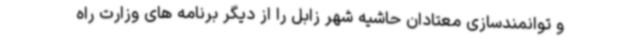
و توانمندسازی معتادان حاشیه شهر زابل را از دیگر برنامه های وزارت راه